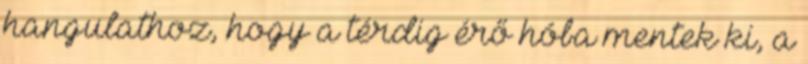
hangulathoz, hogy a térdig érő hóba mentek ki, a